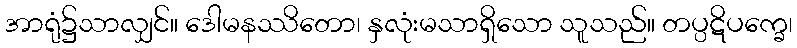
အာရုံ၌သာလျှင်။ ဒေါမနဿိတော၊ နှလုံးမသာရှိသော သူသည်။ တပ္ပဋိပက္ခေ၊